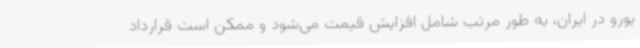
یورو در ایران، به طور مرتب شامل افزایش قیمت می‌شود و ممکن است قرارداد